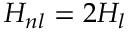
H _ { n l } = 2 H _ { l }